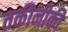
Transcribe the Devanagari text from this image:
तकीनीकी